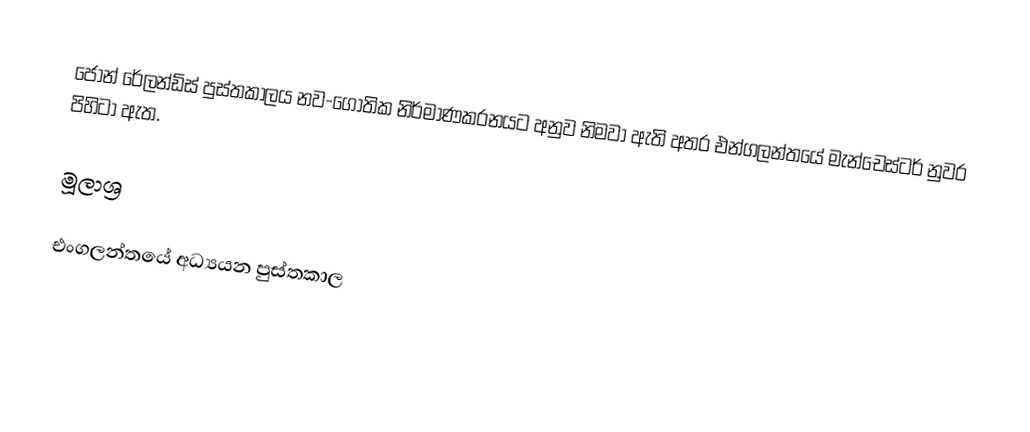
ජෝන් රේලන්ඩ්ස් පුස්තකාලය නව-ගොතික නිර්මාණකරනයට අනුව නිමවා ඇති අතර එන්ගලන්තයේ මැන්චෙස්ටර් නුවර පිහිටා ඇත.

මූලාශ්‍ර

එංගලන්තයේ අධ්‍යයන පුස්තකාල